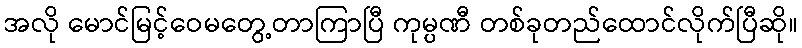
အလို မောင်မြင့်ဝေမတွေ့တာကြာပြီ ကုမ္ပဏီ တစ်ခုတည်ထောင်လိုက်ပြီဆို။